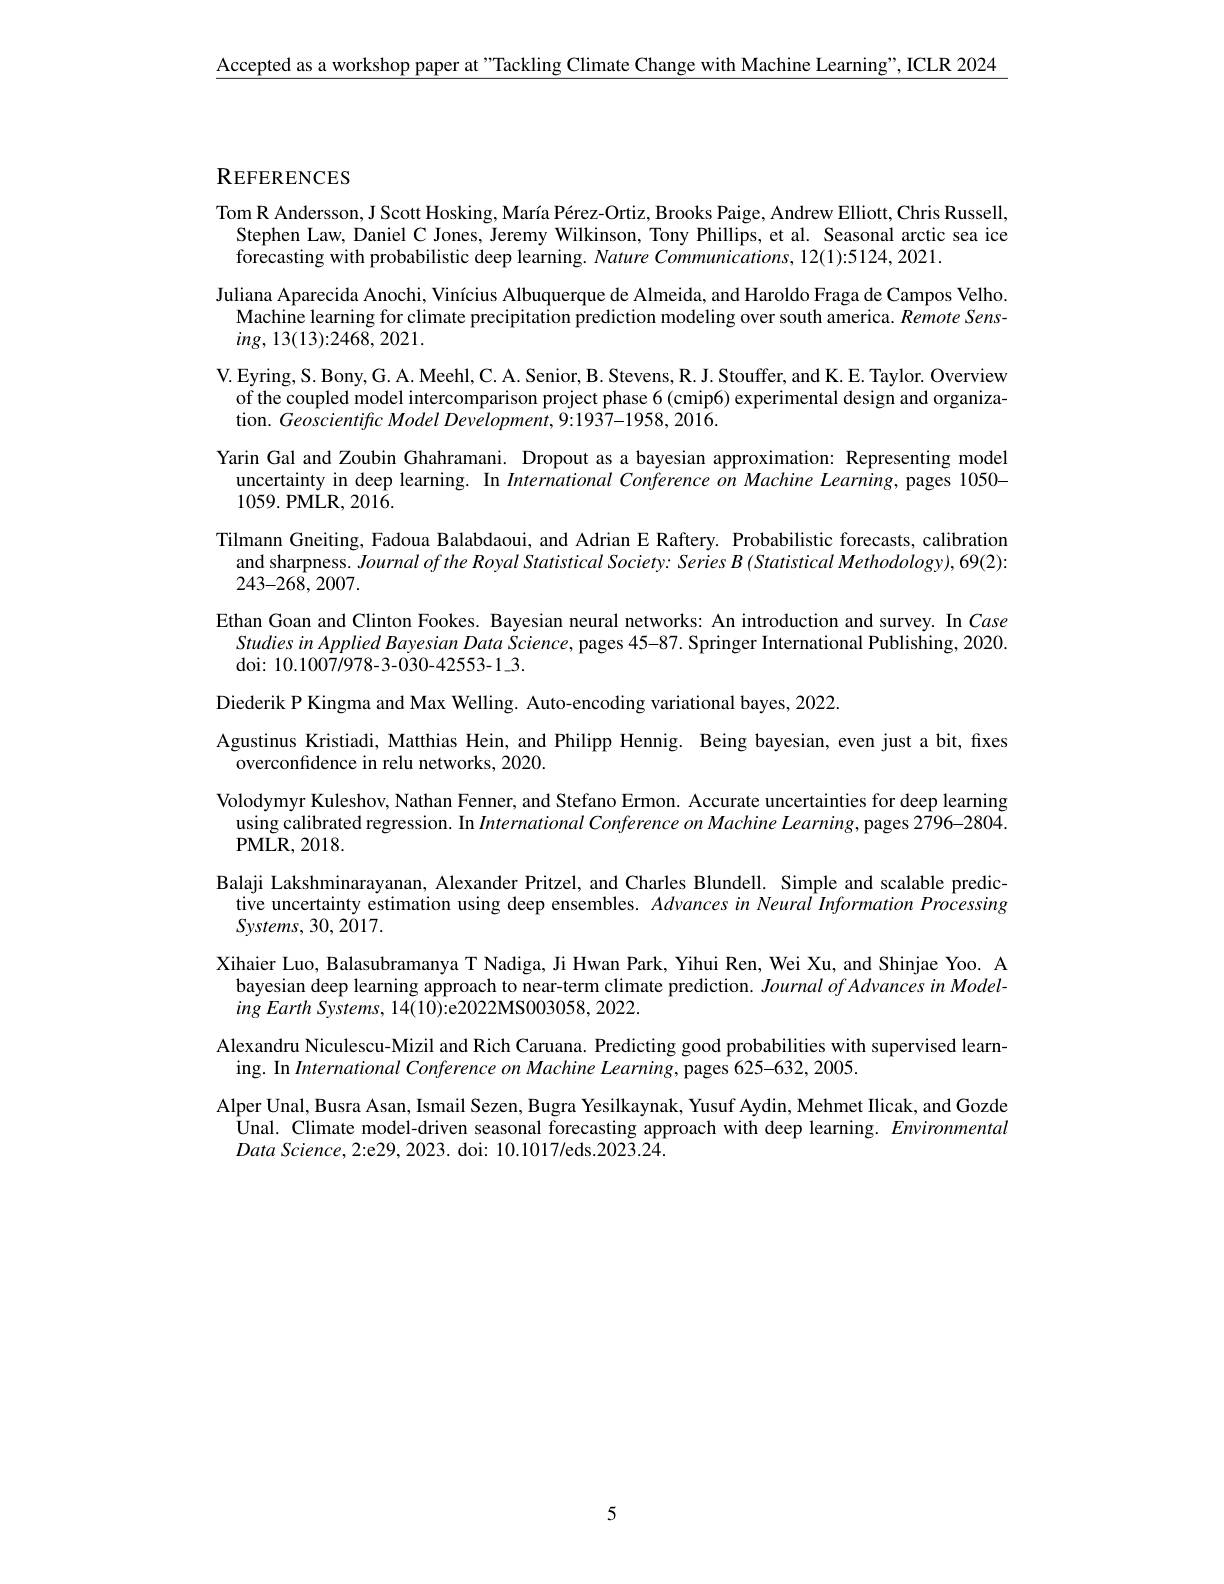
$\underline{\text{Accepted as a workshop paper at"Tackling Climate Change with Machine Learning", ICLR 2024}}$

## REFERENCES

Tom R Andersson, J Scott Hosking, María Pérez-Ortiz, Brooks Paige, Andrew Elliott, Chris Russell,
Stephen Law, Daniel C Jones, Jeremy Wilkinson, Tony Phillips, et al. Seasonal arctic sea ice
forecasting with probabilistic deep learning. Nature Communications, 12(1):5124, 2021.
Juliana Aparecida Anochi, Vinícius Albuquerque de Almeida, and Haroldo Fraga de Campos Velho. Machine learning for climate precipitation prediction modeling over south america. Remote Sens- $ing,13(13){:}2468,2021.$
V. Eyring, S. Bony, G. A. Meehl, C. A. Senior, B. Stevens, R. J. Stouffer, and K. E. Taylor. Overview
of the coupled model intercomparison project phase 6(cmip6) experimental design and organiza-
tion. Geoscientific Model Development, 9:1937-1958, 2016.
Yarin Gal and Zoubin Ghahramani. Dropout as a bayesian approximation: Representing model uncertainty in deep learning. In International Conference on Machine Learning, pages 1050- 1059.PMLR,2016.
Tilmann Gneiting, Fadoua Balabdaoui, and Adrian E Raftery. Probabilistic forecasts, calibration
and sharpness. Journal of the Royal Statistical Society: Series B (Statistical Methodology), 69(2):
243-268,2007.
Ethan Goan and Clinton Fookes. Bayesian neural networks: An introduction and survey. In Case
Studies in Applied Bayesian Data Science, pages 45-87. Springer International Publishing, 2020
doi: 10.1007/978-3-030-42553-1-3.
Diederik P Kingma and Max Welling. Auto-encoding variational bayes, 2022.
Agustinus Kristiadi, Matthias Hein, and Philipp Hennig. Being bayesian, even just a bit, fixes
overconfidence in relu networks, 2020.
Volodymyr Kuleshov, Nathan Fenner, and Stefano Ermon. Accurate uncertainties for deep learning
using calibrated regression. In International Conference on Machine Learning, pages 2796-2804
${\mathrm{PMLR,2018.}}$
Balaji Lakshminarayanan, Alexander Pritzel, and Charles Blundell. Simple and scalable predictive uncertainty estimation using deep ensembles. Advances in Neural Information Processing Systems, 30, 2017.
Xihaier Luo, Balasubramanya T Nadiga, Ji Hwan Park, Yihui Ren, Wei Xu, and Shinjae Yoo. A
bayesian deep learning approach to near-term climate prediction. JournalofAdvancesinModel-
ing Earth Systems, 14(10):e2022MS003058, 2022.
Alexandru Niculescu-Mizil and Rich Caruana. Predicting good probabilities with supervised learn-
ing. In International Conference on Machine Learning, pages 625-632, 2005.
Alper Unal, Busra Asan, Ismail Sezen, Bugra Yesilkaynak, Yusuf Aydin, Mehmet Ilicak, and Gozde Unal. Climate model-driven seasonal forecasting approach with deep learning. Environmental Data Science, 2:e29, 2023. doi: 10.1017/eds.2023.24.

5